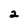
Character: 2